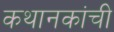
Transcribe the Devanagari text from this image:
कथानकांची